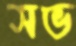
সভ